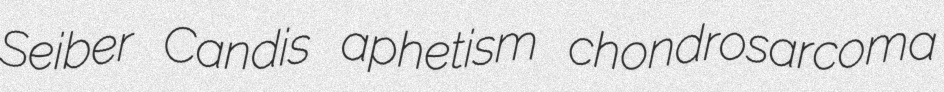
Seiber Candis aphetism chondrosarcoma